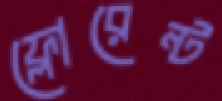
ফ্লোরেন্ট